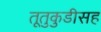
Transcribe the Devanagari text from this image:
तूतुकुडीसह